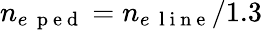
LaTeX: n_{e\, \mathrm{~p~e~d~}}=n_{e\, \mathrm{~l~i~n~e~}}/1.3